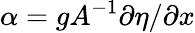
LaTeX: \alpha=gA^{-1}\partial\eta/\partial x